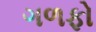
ગળફો